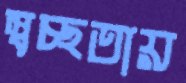
স্বচ্ছতায়